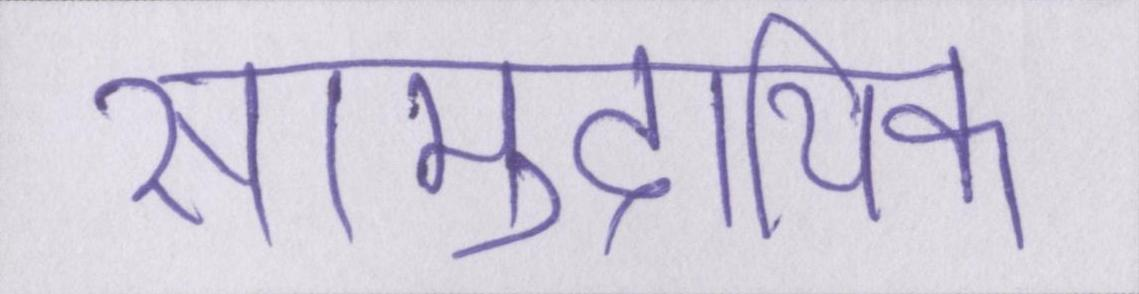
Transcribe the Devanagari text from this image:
सामुदायिक